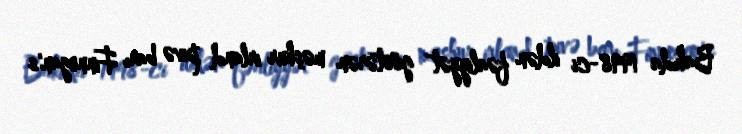
Bakıda 1998-ci ildən fəaliyyət göstərən məşhur irland pivə barı Finnegan's